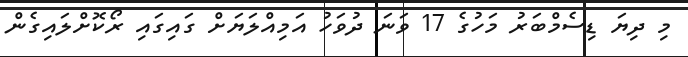
މި ދިޔަ ޑިސެމްބަރު މަހުގެ 17 ވަނަ ދުވަހު އަމިއްލަޔަށް ގައިގައި ރޯކޮށްލައިގެން